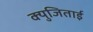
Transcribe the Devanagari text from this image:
क्युजिताई